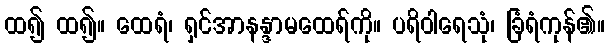
ထ၍ ထ၍။ ထေရံ၊ ရှင်အာနန္ဒာမထေရ်ကို။ ပရိဝါရေသုံ၊ ခြံရံကုန်၏။